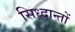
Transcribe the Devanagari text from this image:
सिध्दान्तों